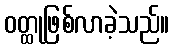
ဝတ္ထုဖြစ်လာခဲ့သည်။